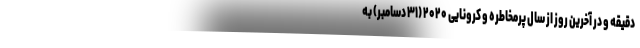
دقیقه و در آخرین روز از سال پرمخاطره و کرونایی ۲۰۲۰ (۳۱ دسامبر) به